65_HS1-834228961_62-HQ-83894_Serial_164
Agency: FBI
Page 99
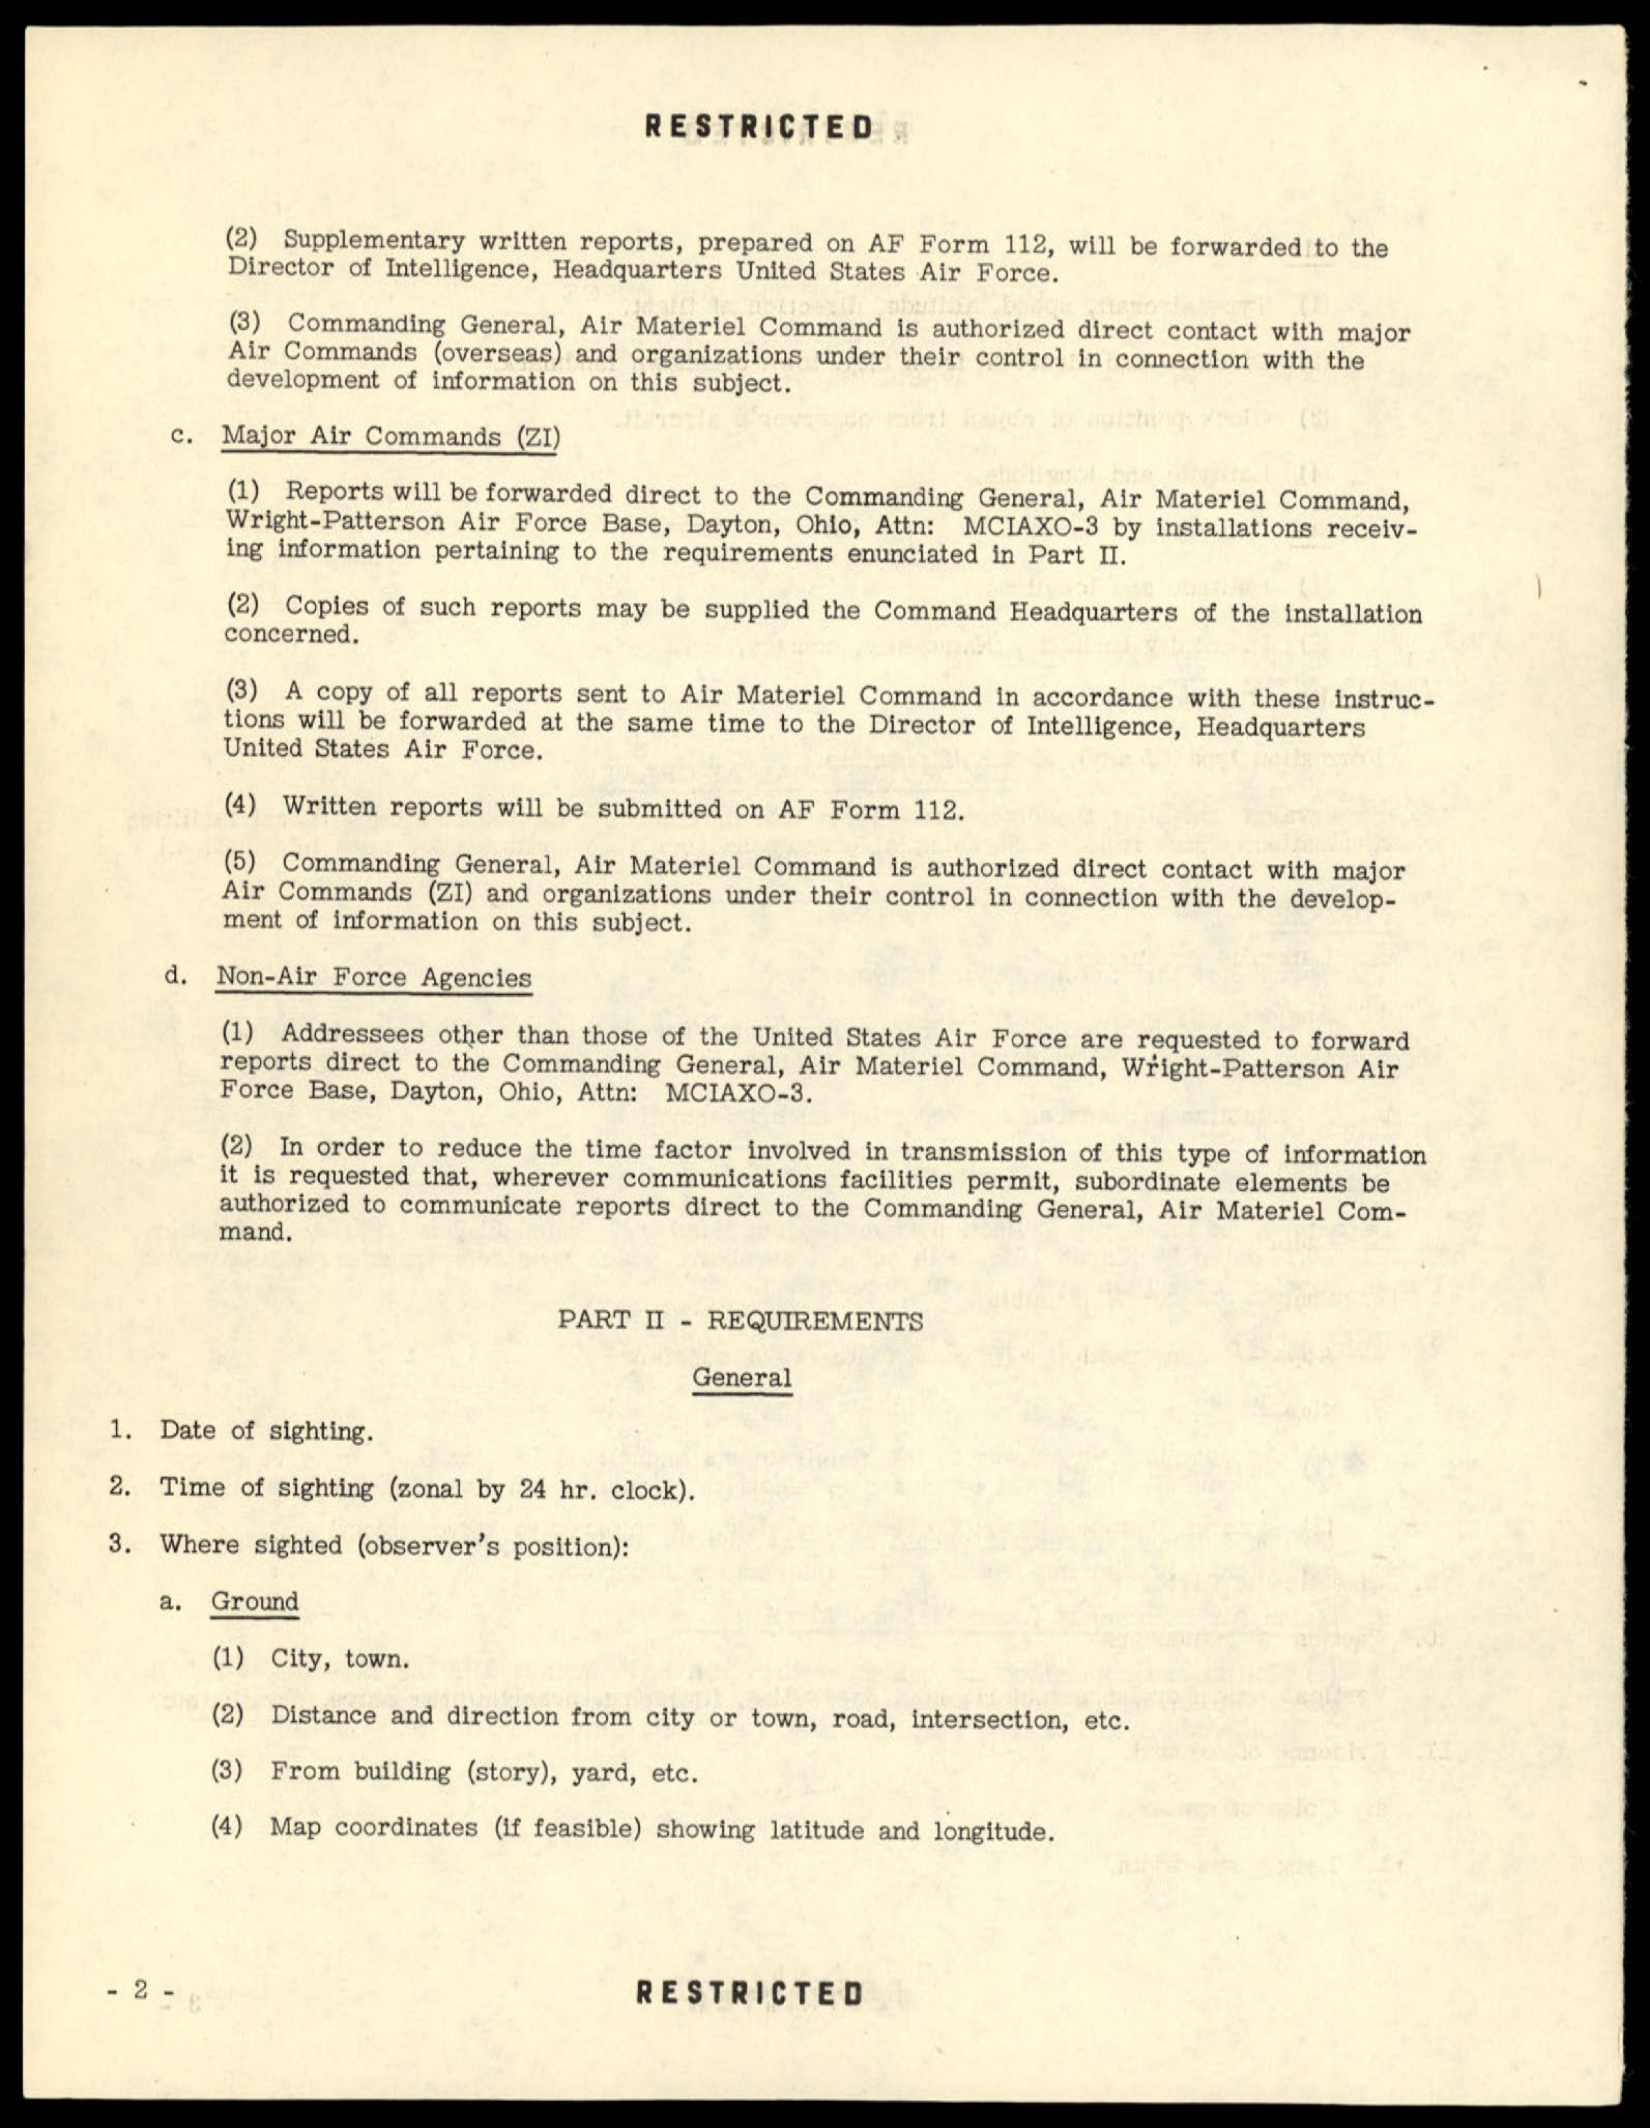